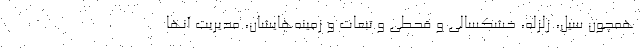
همچون سیل، زلزله، خشکسالی و قحطی و تبعات و زمینه‌هایشان، مدیریت آنها